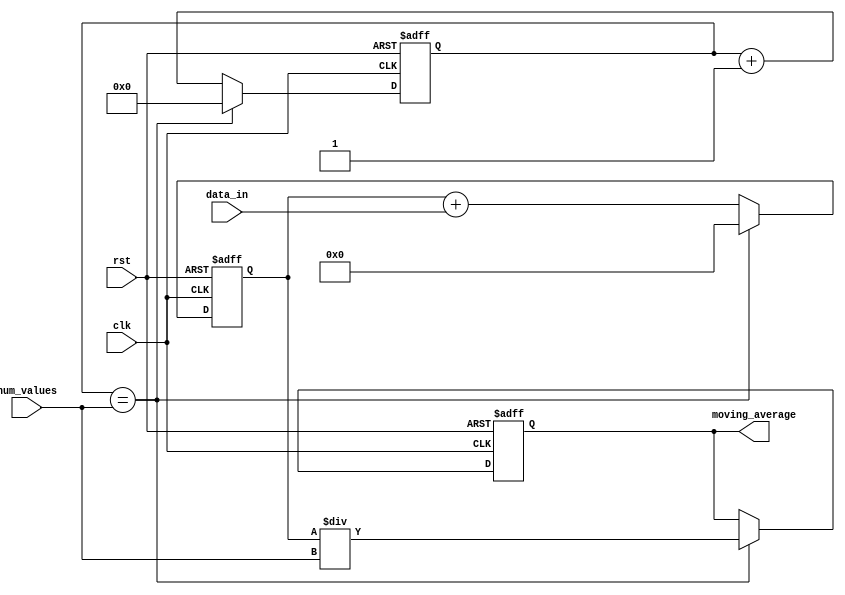
module MovingAverageAccumulator (
    input clk,
    input rst,
    input [7:0] data_in,
    input [3:0] num_values,
    output reg [7:0] moving_average
);

reg [7:0] sum;
reg [3:0] count;

always @(posedge clk or posedge rst) begin
    if (rst) begin
        sum <= 8'b0;
        count <= 4'b0;
        moving_average <= 8'b0;
    end else begin
        sum <= sum + data_in;
        count <= count + 1;

        if (count == num_values) begin
            moving_average <= sum / num_values;
            sum <= 8'b0;
            count <= 4'b0;
        end
    end
end

endmodule